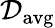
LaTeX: \mathcal{D}_{\mathrm{avg}}